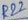
Text: R22